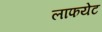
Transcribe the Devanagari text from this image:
लाफयेट